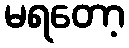
မရတော့